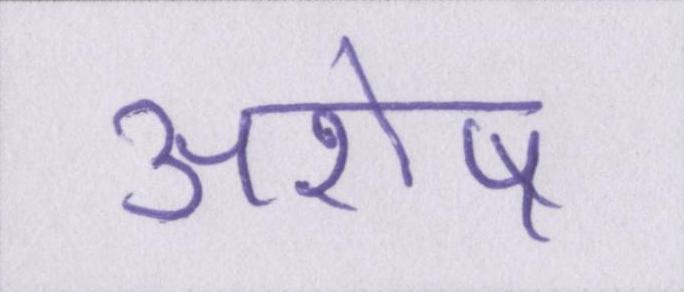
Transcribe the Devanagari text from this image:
अशेष